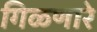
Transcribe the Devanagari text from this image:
गिळणारे